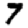
Digit: 7